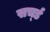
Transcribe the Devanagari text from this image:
सर्च्ड